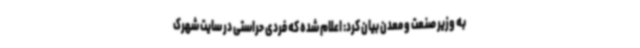
به وزیر صنعت و معدن بیان کرد: اعلام شده که فردی حراستی در سایت شهرک